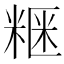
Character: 𥺫